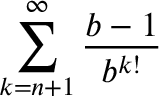
\sum _ { k = n + 1 } ^ { \infty } { \frac { b - 1 } { b ^ { k ! } } }